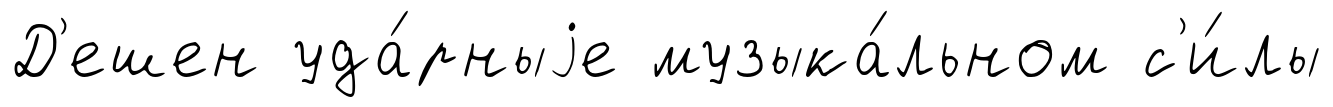
Д'ешен уда́рныjе музыка́льном с'и́лы